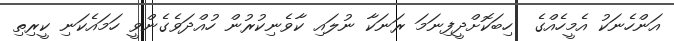
އަންހެނަކު އެމީހެއްގެ  ހިބަކޮށްދީފިނަމަ ރަނަކާ ނުލައި ކާވެނިކުރުން ހުއްދަވެގެންވީ ހަމައެކަނި ކީރިތި